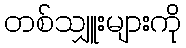
တစ်သျှူးများကို